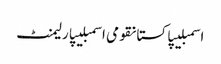
اسمبلیپاکستانقومی اسمبلیپارلیمنٹ